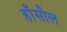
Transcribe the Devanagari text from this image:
हाँसील